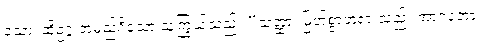
သော၊ ထိုဥဂ္ဂ အမည်ရှိသော သူကြွယ်သည်။ “သတ္ထာ၊ မြတ်စွာဘုရားသည်။ အာဂတော၊